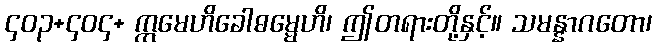
၄၀၃+၄၀၄+ ဣမေဟိခေါဓမ္မေဟိ၊ ဤတရားတို့နှင့်။ သမန္နာဂတော၊